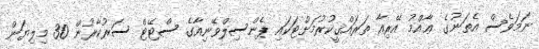
ނަމަވެސް އެތަނުގެ ޢާއްމު އޭރިއާ ތަރައްޤީކުރުމަށްޓަކައި ޕެންސިލްވޭނިއާގެ ސްޓޭޓް ސަރުކާރުން 30 މިލިޔަން